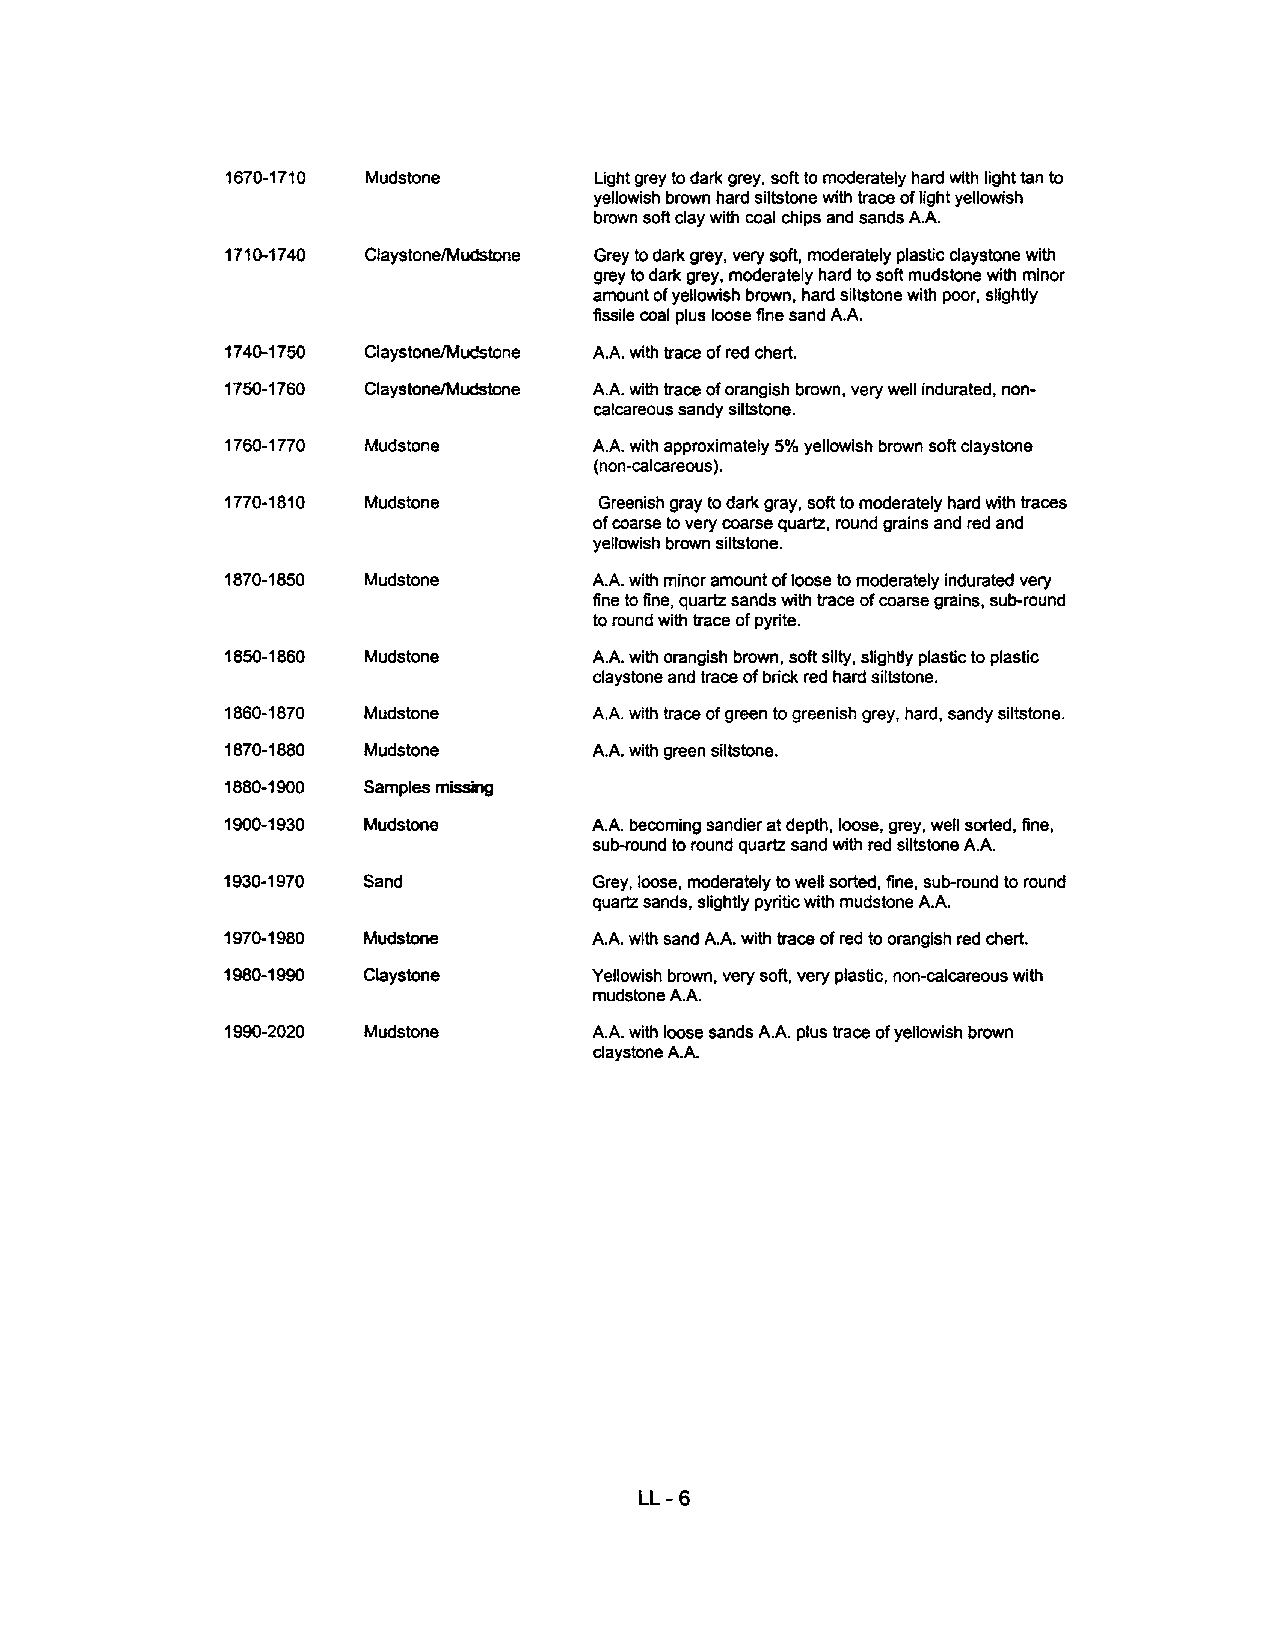
1670-1710 Mudstone       Light grey to dark grey, soft to moderately hard with light tan to
 yellowish brown hard siltstone with trace of light yellowish
 brown soft clay with coal chips and sands A.A.
 1710-1740 ClaystonelMudstone Grey to dark grey, very soft, moderately plastic claystone with
 grey to dark grey, moderately hard to soft mudstone with minor
 amount of yellowish brown, hard siltstone with poor, slightly
 fissile coal plus loose fine sand A.A.
 1740-1750 ClaystoneIMudstone A.A. with trace of red chert.
 1750-1760 ClaystoneIMudstone A.A. with trace of orangish brown, very well indurated, non-
 calcareous sandy siltstone.
 1760-1770 Mudstone      A.A. with approximately 5% yellowish brown soft claystone
 (non-calcareous ).
 1770-1810 Mudstone       Greenish gray to dark gray, soft to moderately hard with traces
 of coarse to very coarse quartz, round grains and red and
 yellowish brown siltstone.
 1870-1850 Mudstone      A.A. with minor amount of loose to moderately indurated very
 fine to fine, quartz sands with trace of coarse grains, sub-round
 to round with trace of pyrite.
 1850-1860 Mudstone      A.A. with orangish brown, soft silty, slightly plastic to plastic
 claystone and trace of brick red hard siltstone.
 1860-1870 Mudstone      A.A. with trace of green to greenish grey, hard, sandy siltstone.
 1870-1880 Mudstone      A.A. with green siltstone.
 1880-1900 Samples missing
 1900-1930 Mudstone      A.A. becoming sandier at depth, loose, grey, well sorted, fine,
 sub-round to round quartz sand with red siltstone A.A.
 1930-1970 Sand          Grey, loose, moderately to well sorted, fine, sub-round to round
 quartz sands, slightly pyritic with mUdstone A.A.
 1970-1980 Mudstone      A.A. with sand A.A. with trace of red to orangish red chert.
 1980-1990 Claystone     Yellowish brown, very soft, very plastic, non-calcareous with
 mudstone A.A.
 1990-2020 Mudstone      A.A. with loose sands A.A. plus trace of yellowish brown
 claystone A.A.
 LL- 6